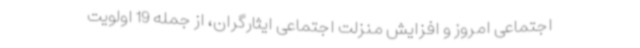
اجتماعی امروز و افزایش منزلت اجتماعی ایثارگران، از جمله 19 اولویت